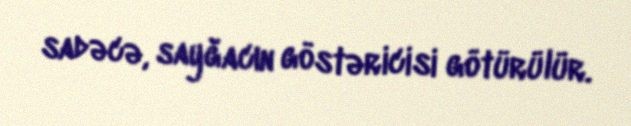
sadəcə, sayğacın göstəricisi götürülür.